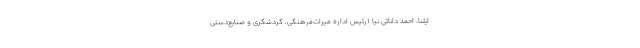
ایلنا، احمد دانائی نیا (رئیس اداره میراث‌فرهنگی، گردشگری و صنایع‌دستی